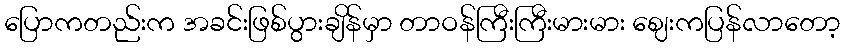
ပြောကတည်းက အခင်းဖြစ်ပွားချိန်မှာ တာဝန်ကြီးကြီးမားမား ဈေးကပြန်လာတော့